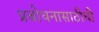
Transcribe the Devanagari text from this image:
प्रबोधनासाठीची